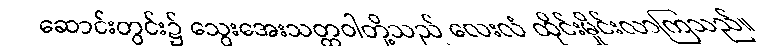
ဆောင်းတွင်း၌ သွေးအေးသတ္တဝါတို့သည် လေးလံ ထိုင်းမှိုင်းလာကြသည်။